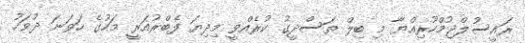
ރައީސުލްޖުމްހޫރިއްޔާ މި ބިލް ތަސްދީގު ކުރެއްވީ މިދިޔަ ފެބްރުއަރީ މަހުގެ ހަވަނަ ދުވަހު